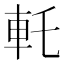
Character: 𰹊